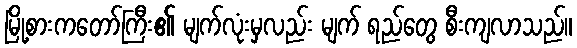
မြို့စားကတော်ကြီး၏ မျက်လုံးမှလည်း မျက် ရည်တွေ စီးကျလာသည်။